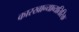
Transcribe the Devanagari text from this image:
कारखान्याव्यतिरिक्त